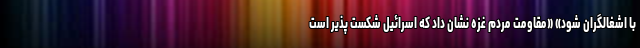
با اشغالگران شود» «مقاومت مردم غزه نشان داد که اسرائیل شکست پذیر است